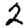
Digit: 2